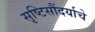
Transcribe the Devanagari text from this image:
सृष्टिसौंदर्याचे